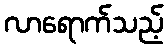
လာရောက်သည့်